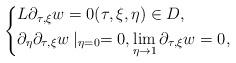
LaTeX: \begin{align*}\left\{\begin{aligned}&L \partial_{\tau,\xi} w=0(\tau,\xi,\eta)\in D,\\&\partial_\eta \partial_{\tau,\xi} w\mid _{\eta=0}=0,\displaystyle\lim_{\eta\to 1} \partial_{\tau,\xi} w= 0 ,\end{aligned}\right.\end{align*}